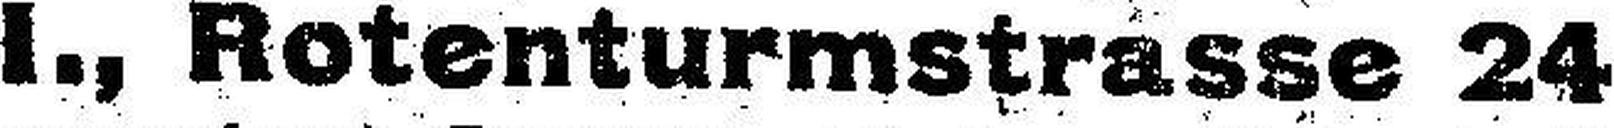
I., Rotenturmstrasse 24